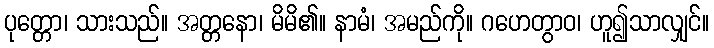
ပုတ္တော၊ သားသည်။ အတ္တနော၊ မိမိ၏။ နာမံ၊ အမည်ကို။ ဂဟေတွာဝ၊ ဟူ၍သာလျှင်။